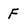
Character: F